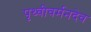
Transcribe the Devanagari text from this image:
पृथ्वीवर्मनदेव